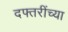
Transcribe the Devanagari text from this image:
दफ्तरींच्या